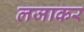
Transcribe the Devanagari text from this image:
लजाकर